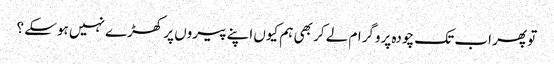
تو پھر اب تک چودہ پروگرام لے کر بھی ہم کیوں اپنے پیروں پر کھڑے نہیں ہوسکے ؟